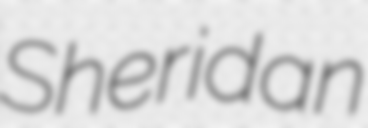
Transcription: Sheridan